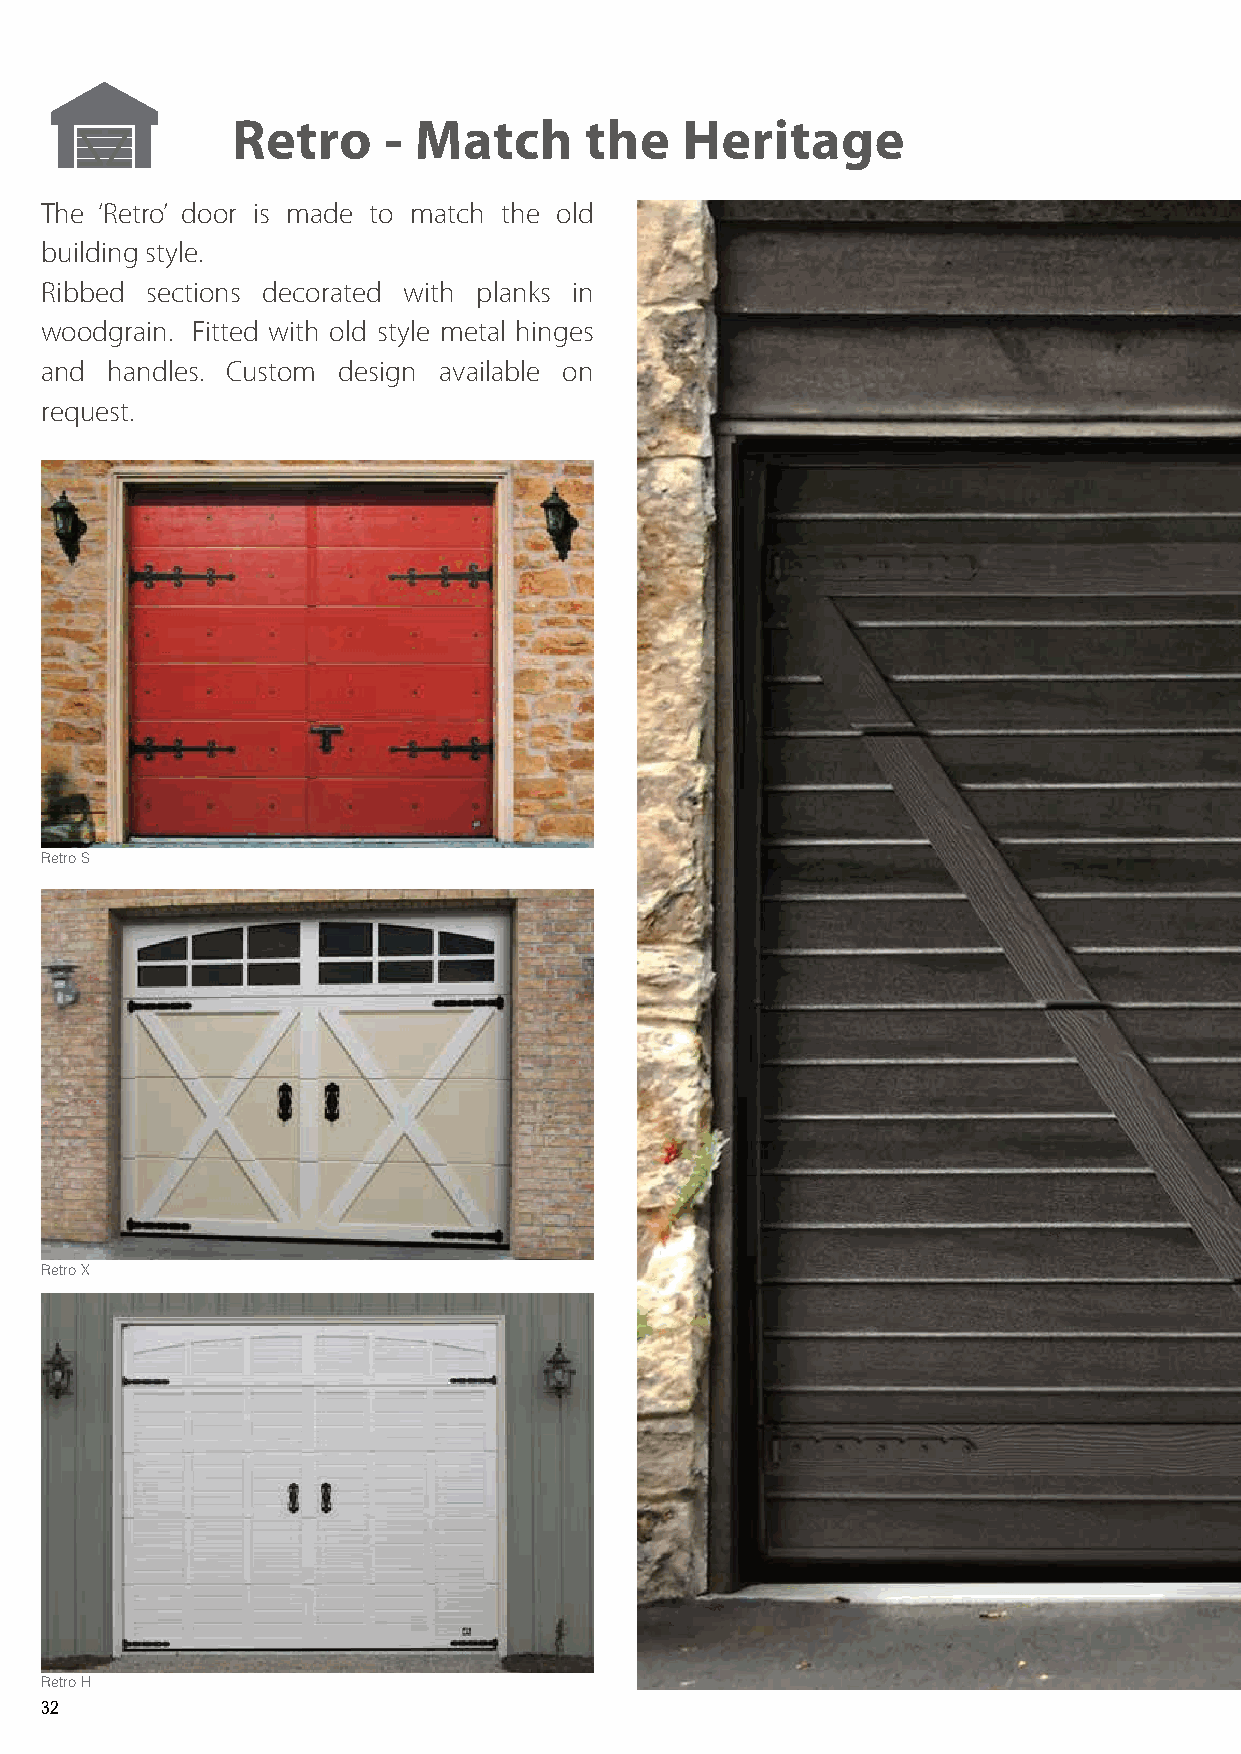
Retro     - Match       the   Heritage
 The ‘Retro’ door is made to match the old
 building style.
 Ribbed sections decorated with planks in
 woodgrain. Fitted with old style metal hinges
 and handles. Custom design available on
 request.
 Retro S
 Retro X
 Retro H
 32